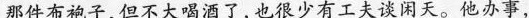
那件布袍子，但不大喝酒了，也很少有工夫谈闲天。他办事，